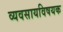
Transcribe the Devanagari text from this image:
व्यवसायविषयक